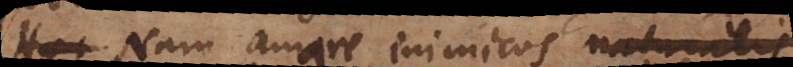
genus. Nam amare inimicos naturalis